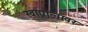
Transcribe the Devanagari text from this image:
खाद्यान्नावर